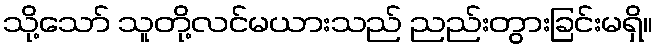
သို့သော် သူတို့လင်မယားသည် ညည်းတွားခြင်းမရှိ။